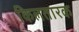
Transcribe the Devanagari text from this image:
किलतारक